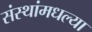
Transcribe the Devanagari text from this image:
संस्थांमधल्या